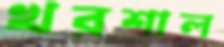
খরশাল